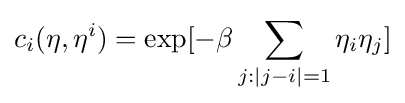
c_{i}(\eta ,\eta ^{i})=\exp[-\beta \sum _{j:|j-i|=1}\eta _{i}\eta _{j}]